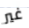
غير